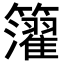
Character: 𥷧